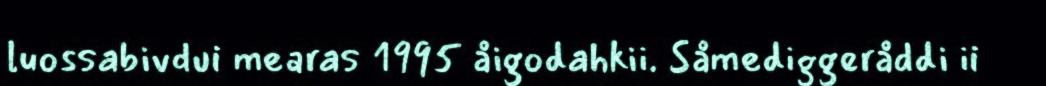
luossabivdui mearas 1995 åigodahkii. Såmediggeråddi ii